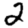
Digit: 2